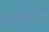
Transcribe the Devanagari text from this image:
वार्मबोल्ड